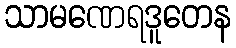
သာမဏေရဒူတေန